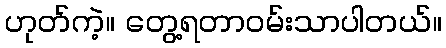
ဟုတ်ကဲ့။ တွေ့ရတာဝမ်းသာပါတယ်။